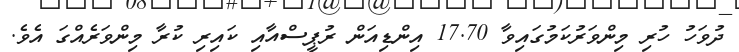
ދުވަހު ހުރި މިންވަރުކަމުގައިވާ 17.70 އިންޑިއަން ރުޕީސްއާއި ކައިރި ކުރާ މިންވަރެއްގަ އެވެ.